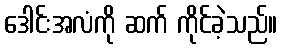
ဒေါင်းအလံကို ဆက် ကိုင်ခဲ့သည်။